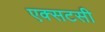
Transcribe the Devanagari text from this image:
एक्सटसी